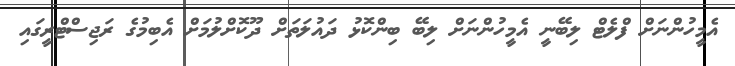
އެމީހުންނަށް ފްލެޓް ލިބޭނީ އެމީހުންނަށް ލިބޭ ބިންކޮޅު ދައުލަތަށް ދޫކޮށްލުމަށް އެބިމުގެ ރަޖިސްޓްރީގައި